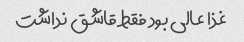
غذا عالی بود فقط قاشق نداشت